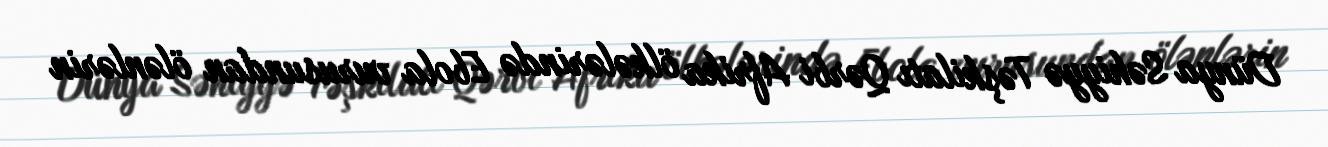
Dünya Səhiyyə Təşkilatı Qərbi Afrika ölkələrində Ebola vurusundan ölənlərin